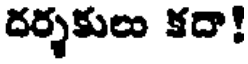
దర్శకులు కదా!